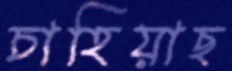
চাহিয়াছ